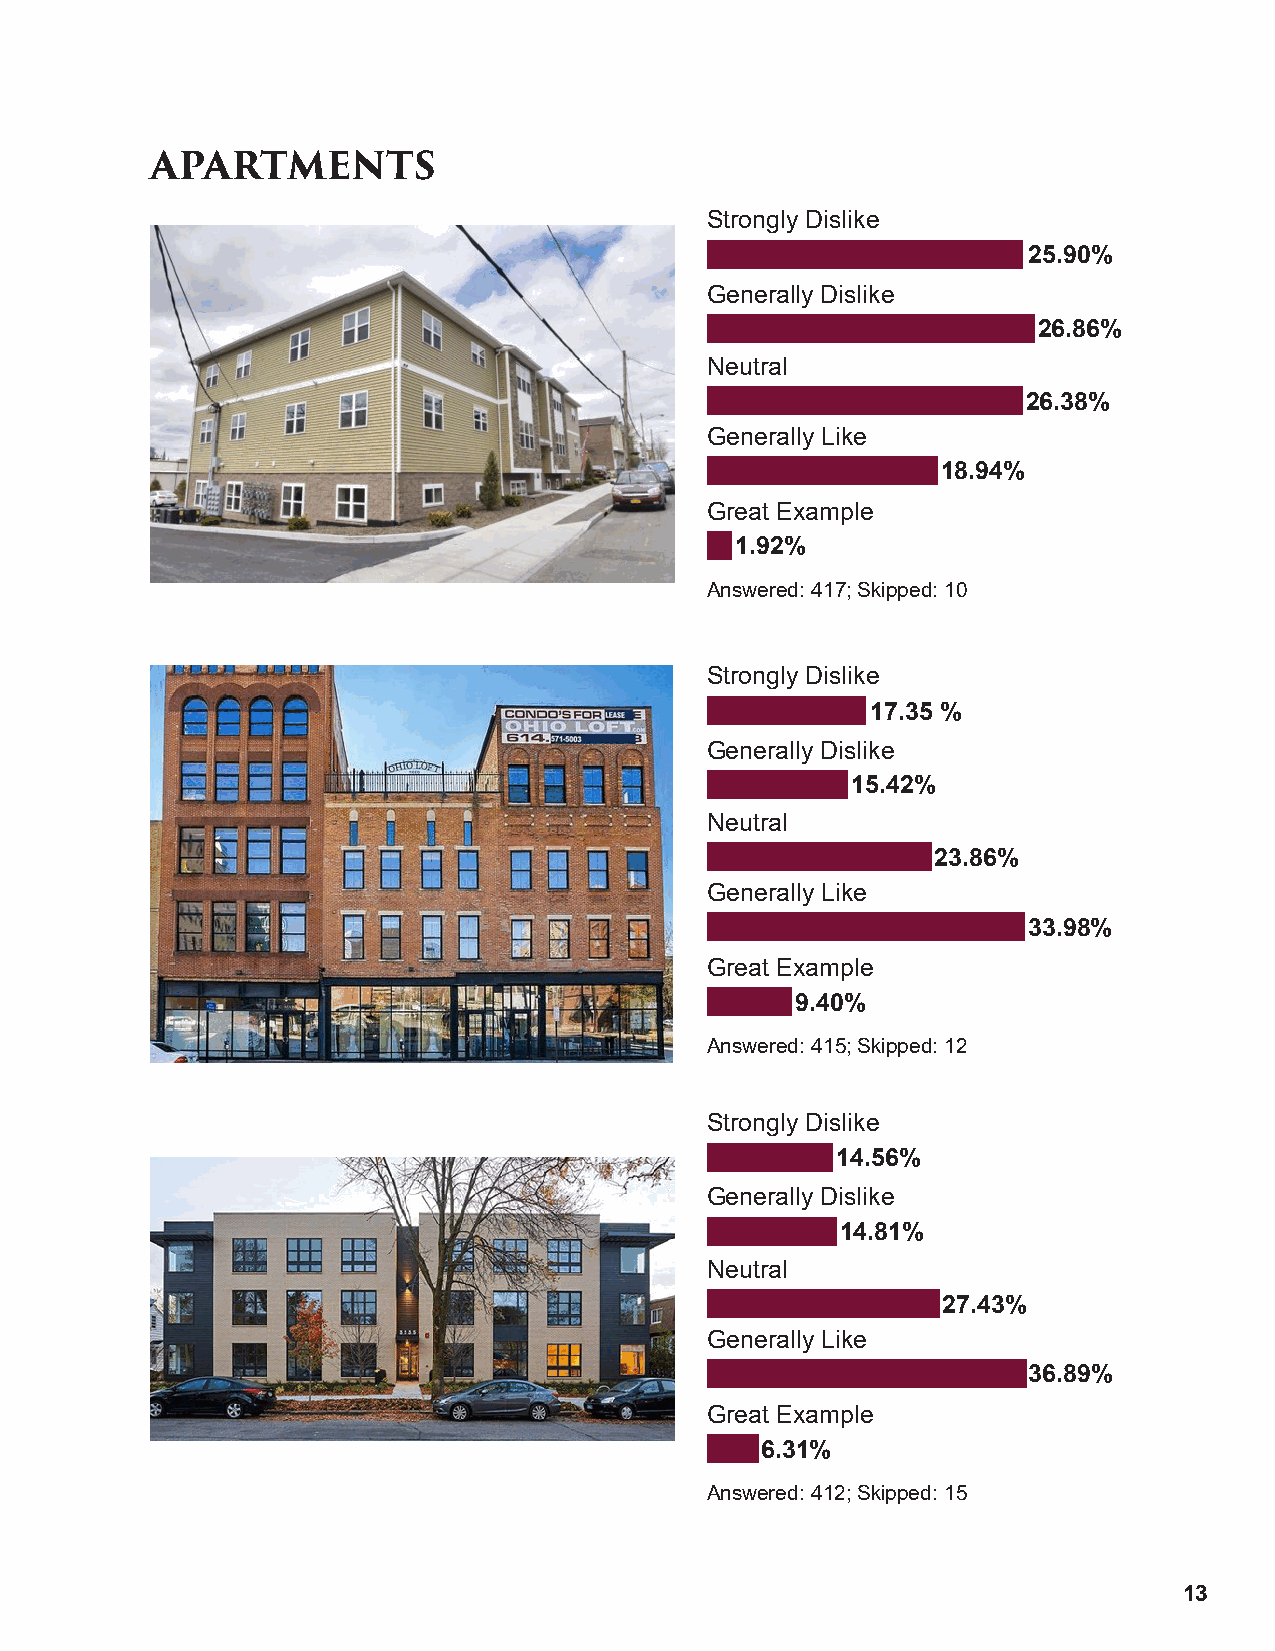
APARTMENTS
 Strongly Dislike
 25.90%
 Generally Dislike
 26.86%
 Neutral
 26.38%
 Generally Like
 18.94%
 Great Example
 1.92%
 Answered: 417; Skipped: 10
 Strongly Dislike
 17.35 %
 Generally Dislike
 15.42%
 Neutral
 23.86%
 Generally Like
 33.98%
 Great Example
 9.40%
 Answered: 415; Skipped: 12
 Strongly Dislike
 14.56%
 Generally Dislike
 14.81%
 Neutral
 27.43%
 Generally Like
 36.89%
 Great Example
 6.31%
 Answered: 412; Skipped: 15
 13